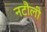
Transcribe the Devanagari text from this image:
नटौली